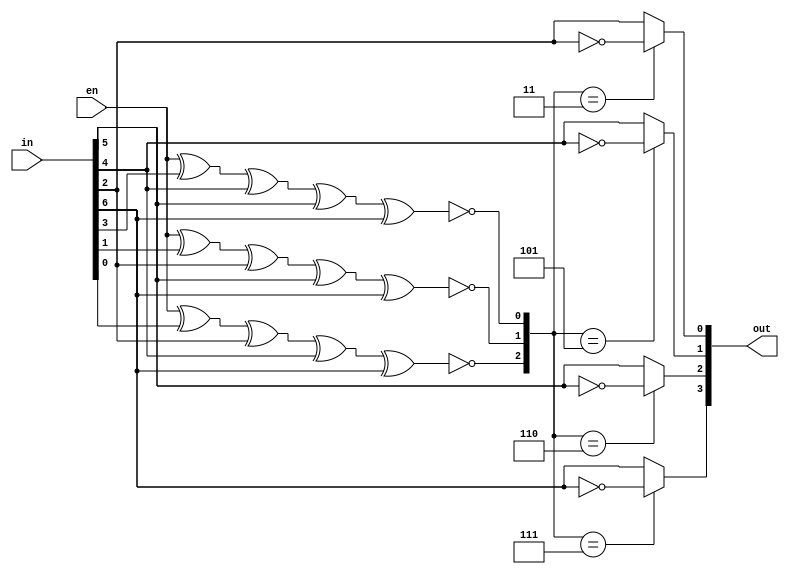
//Hamming Decoder
module hamming_decoder(
	input [6:0] in,
	input en,
	output [3:0] out
	);
	
	wire [2:0] p;
	assign out[3] 	= (p == 3'd7)? ~in[6]:in[6];
	assign out[2] 	= (p == 3'd6)? ~in[5]:in[5];
	assign out[1] 	= (p == 3'd5)? ~in[4]:in[4];
	assign out[0] 	= (p == 3'd3)? ~in[2]:in[2];
	
	xnor 	(p[0], en, in[3], in[4], in[5], in[6]),
		(p[1], en, in[1], in[2], in[5], in[6]),
		(p[2], en, in[0], in[2], in[4], in[6]);
endmodule